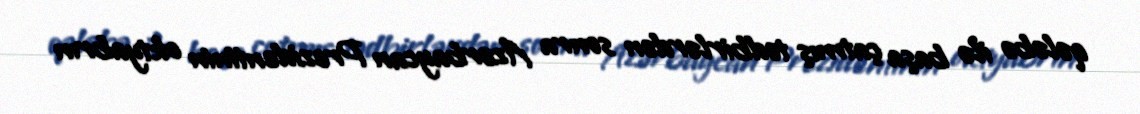
qələbə ilə başa çatmış tədbirlərdən sonra Azərbaycan Prezidentinin oktyabrın